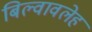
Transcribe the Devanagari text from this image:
बिल्वावलेह